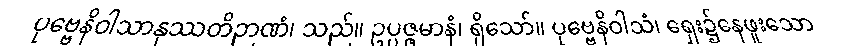
ပုဗ္ဗေနိဝါသာနုဿတိဉာဏံ၊ သည်။ ဥပ္ပဇ္ဇမာနံ၊ ရှိသော်။ ပုဗ္ဗေနိဝါသံ၊ ရှေး၌နေဖူးသော